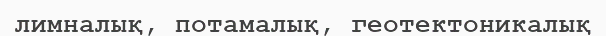
лимналық, потамалық, геотектоникалық